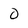
Character: 0